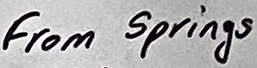
Text: From Springs